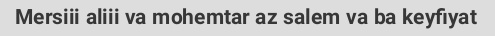
Mersiii aliii va mohemtar az salem va ba keyfiyat